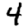
Digit: 4